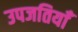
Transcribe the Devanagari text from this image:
उपजतियाँ